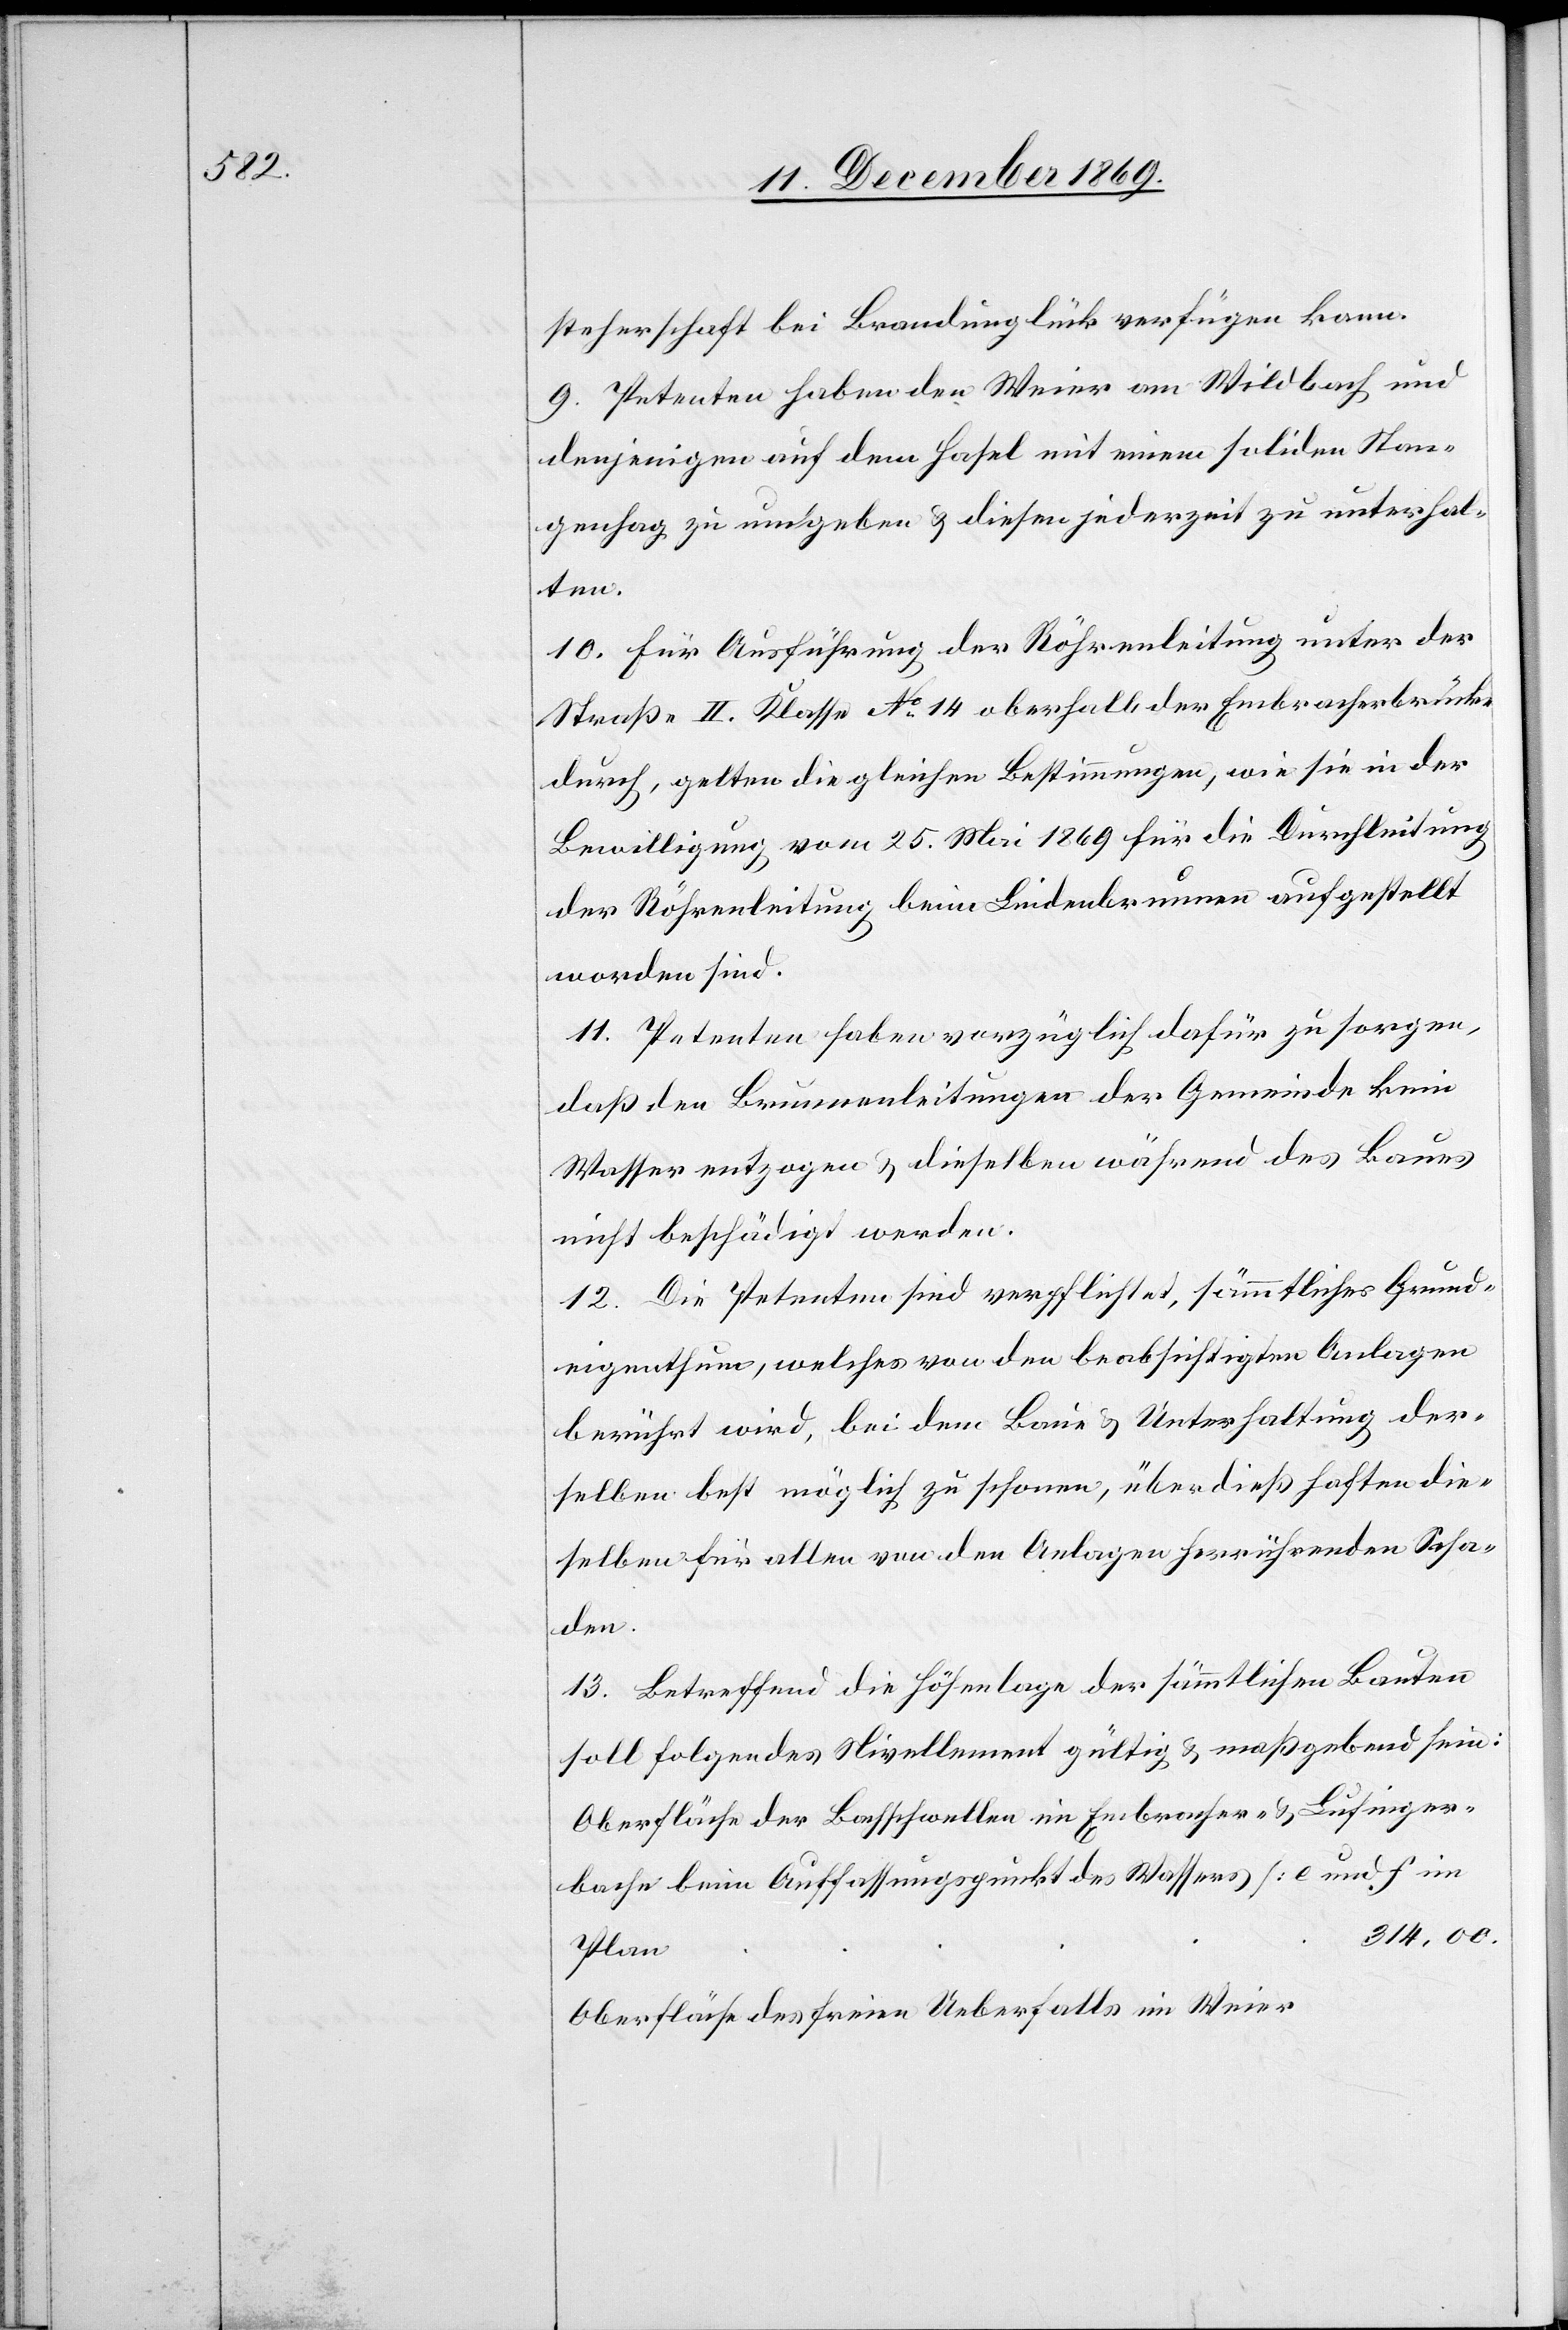
steherschaft bei Brandunglück verfügen kann.
9. Petenten haben den Weier am Wildbach und
denjenigen auf dem Hasel mit einem soliden Stan¬
genhag zu umgeben & diesen jederzeit zu unterhal¬
ten.
10. Für Ausführung der Röhrenleitung unter der
Straße II. Klasse No 14 oberhalb der Embracherbrücke
durch, gelten die gleichen Bestimmungen, wie sie in der
Bewilligung vom 25. Mai 1869 für die Durchleitung
der Röhrenleitung beim Lindenbrunnen aufgestellt
worden sind.
11. Petenten haben vorzüglich dafür zu sorgen,
daß den Brunnenleitungen der Gemeinde kein
Wasser entzogen & dieselben während des Baues
nicht beschädigt werden.
12. Die Petenten sind verpflichtet, sämmtliches Grund¬
eigenthum, welches von den beabsichtigten Anlagen
berührt wird, bei dem Baue & Unterhaltung der¬
selben best möglich zu schonen, überdieß haften die¬
selben für allen von den Anlagen herrührenden Scha¬
den.
13. Betreffend die Höhenlage der sämmtlichen Bauten
soll folgendes Nivellement gültig & maßgebend sein:
Oberfläche der Bachschwellen im Embracher- & Lufinger¬
bache beim Auffassungspunkt des Wassers [e und f im
314,00.
Plan]
Oberfläche des freien Ueberfalls im Weier